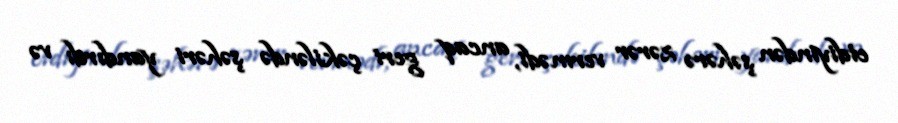
etdiyindən şəhərə zərər vermədi, ancaq geri çəkiləndə şəhəri yandırdı və